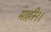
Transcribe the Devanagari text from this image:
माहीं।।